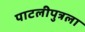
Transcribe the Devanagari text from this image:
पाटलीपुत्रला